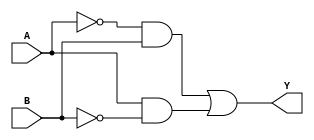
module combinational_logic (
    input wire A,      // Input variable A
    input wire B,      // Input variable B
    output wire Y      // Output variable Y
);

// Combinational logic implementation using AND, OR, NOT gates
assign Y = (~A & B) | (A & ~B); // Y = A'B + AB'

// Optional: You can also include an always block for clarity
// always @(*) begin
//     case ({A, B})
//         2'b00: Y = 1'b0;
//         2'b01: Y = 1'b1;
//         2'b10: Y = 1'b1;
//         2'b11: Y = 1'bx; // Don't Care condition handled by optimization
//         default: Y = 1'b0; // Default case
//     endcase
// end

endmodule